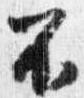
不